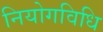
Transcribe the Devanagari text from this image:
नियोगविधि